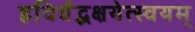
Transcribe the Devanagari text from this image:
हविर्वद्भक्षयेत्स्वयम्